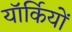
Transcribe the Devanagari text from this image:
यॉर्कियों